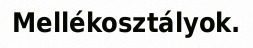
Mellékosztályok.